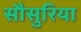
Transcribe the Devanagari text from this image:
सौसुरिया